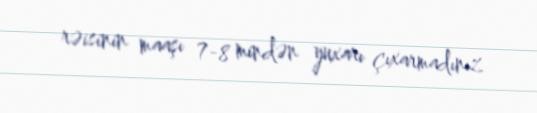
rəisinin maaşı 7-8 mindən yuxarı çıxarmadınız.